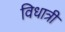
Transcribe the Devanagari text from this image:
विधात्री